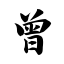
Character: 曾